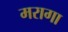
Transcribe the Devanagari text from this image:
मरागा